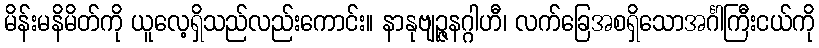
မိန်းမနိမိတ်ကို ယူလေ့ရှိသည်လည်းကောင်း။ နာနုဗျဉ္ဇနဂ္ဂါဟီ၊ လက်ခြေအစရှိသောအင်္ဂါကြီးငယ်ကို